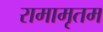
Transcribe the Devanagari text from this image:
रामामृतम